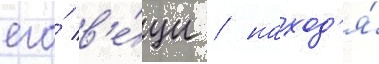
его́ в'е́щи / наход'я́